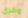
وفري